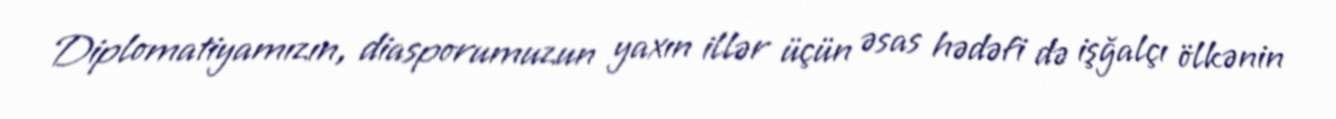
Diplomatiyamızın, diasporumuzun yaxın illər üçün əsas hədəfi də işğalçı ölkənin